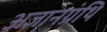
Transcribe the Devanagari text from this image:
अज्ञानग्रंथि